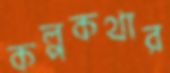
কল্পকথার